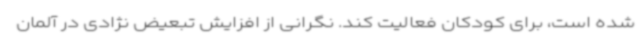
شده است، برای کودکان فعالیت کند. نگرانی از افزایش تبعیض نژادی در آلمان